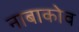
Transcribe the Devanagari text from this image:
नाबाकोव